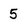
Character: 5